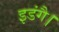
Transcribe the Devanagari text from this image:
इडंगै।